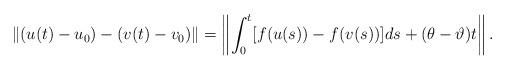
LaTeX: \begin{align*}\|(u(t)-u_{0})-(v(t)-v_{0})\|=\left\|\int_{0}^{t}[f(u(s))-f(v(s))]d s+(\theta-\vartheta) t\right\|.\end{align*}